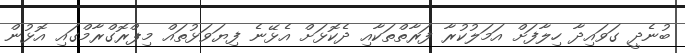
ބުނެދީ ގަވައިދާ ހިލާފަށް އަމަލުކުރާ ފަރާތްތަކާއި ދެކޮޅަށް އެޅޭނެ ފިޔަވަޅުތައް މިޕްރޮގްރާމްގައި އޮޅުން